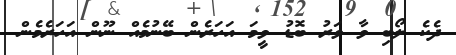
ދެކެ ލޯބި ވާ ވަރު ބޮޑު ވީމަ އަހަރެން ބޭނުމެއް ނޫން އަހަރެމެން